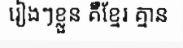
រៀងៗខ្លួន គឺខ្មែរ គ្មាន